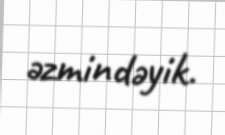
əzmindəyik.